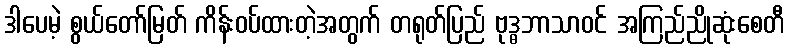
ဒါပေမဲ့ စွယ်တော်မြတ် ကိန်းဝပ်ထားတဲ့အတွက် တရုတ်ပြည် ဗုဒ္ဓဘာသာဝင် အကြည်ညိုဆုံးစေတီ